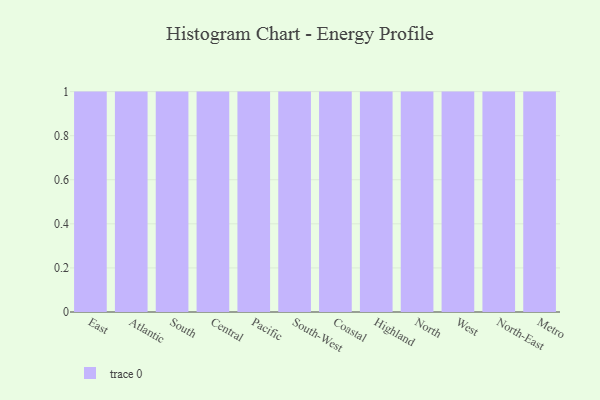
{"axis": {"x": "Region", "y": "Backlog"}, "legend": [""], "data": [{"x": "East", "y": 73, "type": ""}, {"x": "Atlantic", "y": 17, "type": ""}, {"x": "South", "y": 66, "type": ""}, {"x": "Central", "y": 59, "type": ""}, {"x": "Pacific", "y": 62, "type": ""}, {"x": "South-West", "y": 70, "type": ""}, {"x": "Coastal", "y": 49, "type": ""}, {"x": "Highland", "y": 15, "type": ""}, {"x": "North", "y": 50, "type": ""}, {"x": "West", "y": 63, "type": ""}, {"x": "North-East", "y": 100, "type": ""}, {"x": "Metro", "y": 44, "type": ""}]}